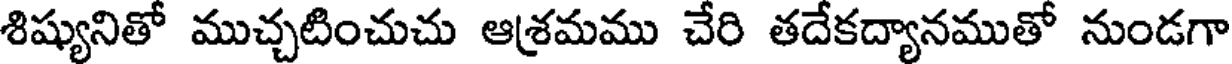
శిష్యునితో ముచ్చటించుచు ఆశ్రమము చేరి తదేకద్యానముతో నుండగా